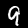
Label: 9